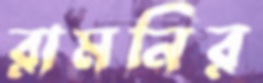
রামনির